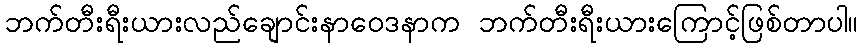
ဘက်တီးရီးယားလည်ချောင်းနာဝေဒနာက ဘက်တီးရီးယားကြောင့်ဖြစ်တာပါ။